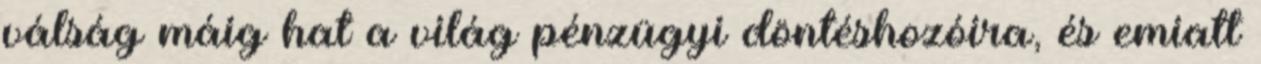
válság máig hat a világ pénzügyi döntéshozóira, és emiatt